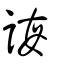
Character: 誨